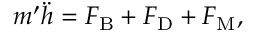
m ^ { \prime } \ddot { h } = F _ { \mathrm { B } } + F _ { \mathrm { D } } + F _ { \mathrm { M } } ,